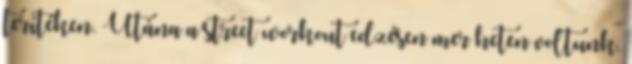
terítéken. Utána a street workout edzésen mer heten voltunk.